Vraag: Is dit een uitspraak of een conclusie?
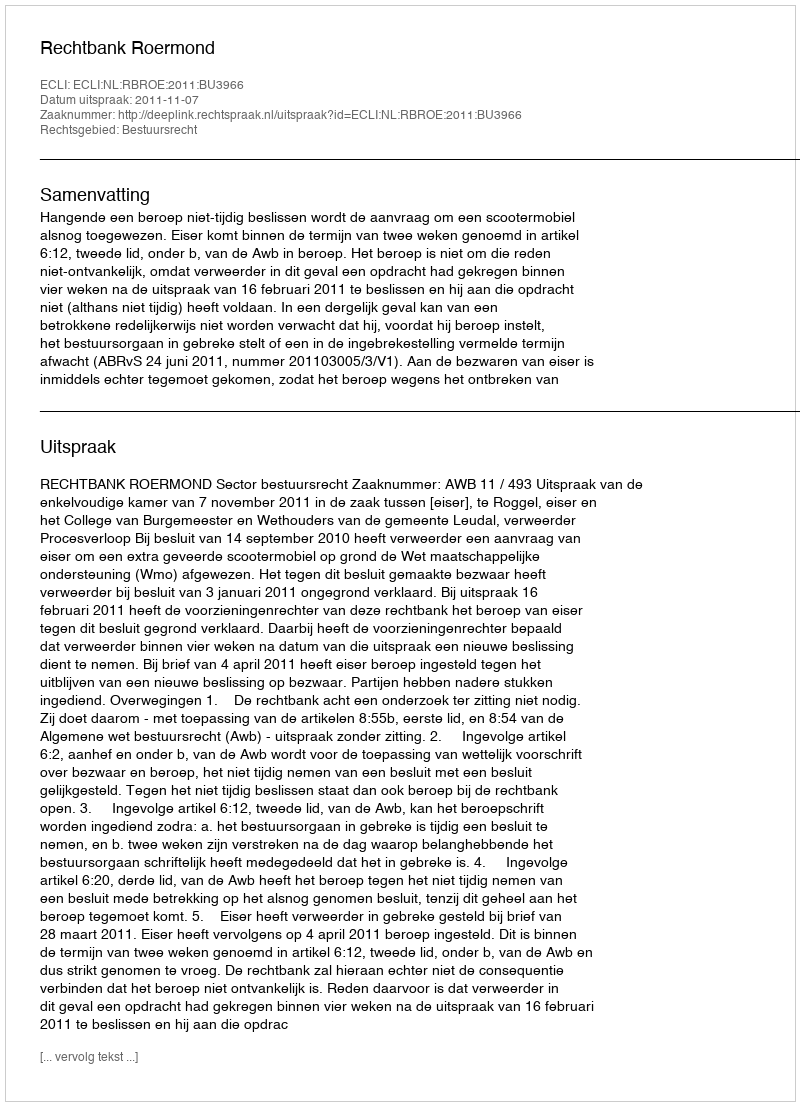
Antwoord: Uitspraak